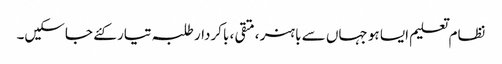
نظام تعلیم ایسا ہو جہاں سے باہنر ،متقی ، باکردار طلبہ تیار کئے جاسکیں۔